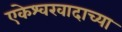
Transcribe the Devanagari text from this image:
एकेश्वरवादाच्या